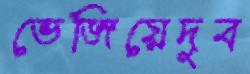
ভেজিয়েদুব